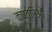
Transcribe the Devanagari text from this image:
क्षत्रिओं